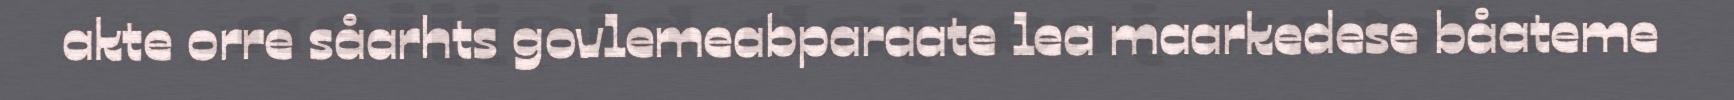
akte orre såarhts govlemeabparaate lea maarkedese båateme